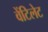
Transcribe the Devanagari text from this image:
वेंटिलेट